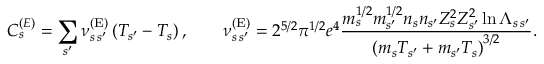
C _ { s } ^ { { ( E ) } } = \sum _ { s ^ { \prime } } \nu _ { s \, s ^ { \prime } } ^ { \mathrm { ( E ) } } \left( T _ { s ^ { \prime } } - T _ { s } \right) , \qquad \nu _ { s \, s ^ { \prime } } ^ { \mathrm { ( E ) } } = 2 ^ { 5 / 2 } \pi ^ { 1 / 2 } e ^ { 4 } \frac { m _ { s } ^ { 1 / 2 } m _ { s ^ { \prime } } ^ { 1 / 2 } n _ { s } n _ { s ^ { \prime } } Z _ { s } ^ { 2 } Z _ { s ^ { \prime } } ^ { 2 } \ln \Lambda _ { s \, s ^ { \prime } } } { \left( m _ { s } T _ { s ^ { \prime } } + m _ { s ^ { \prime } } T _ { s } \right) ^ { 3 / 2 } } .